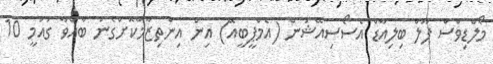
މޯލްޑިވްސް ޕޫލް ބިލިއާޑް އެސޯސިއޭޝަން (އެމްޕީބީއޭ) އިން އިންތިޒާމްކޮށްގެން ބާއްވާ ގައުމީ 10